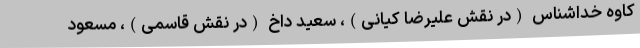
کاوه خداشناس (در نقش علیرضا کیانی)، سعید داخ (در نقش قاسمی)، مسعود